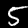
Label: 5